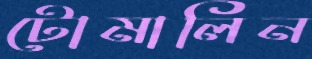
টোমালিন